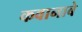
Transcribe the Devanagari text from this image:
कवानाबे